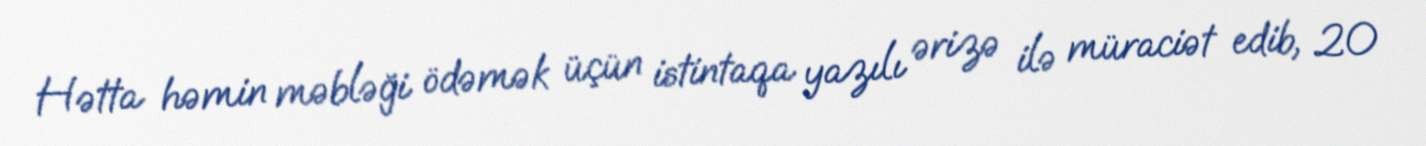
Hətta həmin məbləği ödəmək üçün istintaqa yazılı ərizə ilə müraciət edib, 20